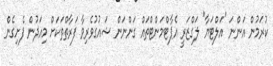
ކުރަމުން އަންނަ "އަލްޓަޔާ" ލަގްޒަރީ އެޕާޓްމަންޓްތައް ގަންނަން ޝައުގުވެރިވާ ފަރާތްތަކަށް މިއަދުން ފެށިގެން